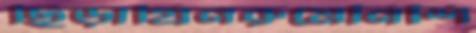
ছিড়াগ্রিনরুমেনিশি